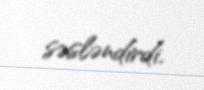
səsləndirdi.